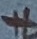
Text: +